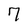
Character: 7